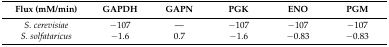
<table><thead><tr><td><b>Flux (mM/min)</b></td><td><b>GAPDH</b></td><td><b>GAPN</b></td><td><b>PGK </b></td><td><b>ENO</b></td><td><b>PGM</b></td></tr></thead><tbody><tr><td><i>S. cerevisiae</i></td><td>−107</td><td>---</td><td>−107</td><td>−107</td><td>−107</td></tr><tr><td><i>S. solfataricus</i></td><td>−1.6</td><td>0.7</td><td>−1.6</td><td>−0.83</td><td>−0.83</td></tr></tbody></table>